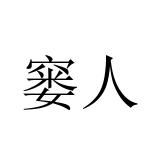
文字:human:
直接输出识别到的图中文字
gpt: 窭人